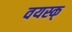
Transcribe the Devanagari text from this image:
वयस्क्